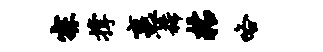
寐撑裹稀粘咯